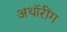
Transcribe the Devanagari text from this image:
अथॉरींग